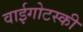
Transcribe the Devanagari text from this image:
वाईगोटस्की